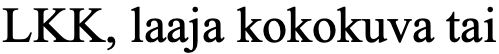
LKK, laaja kokokuva tai